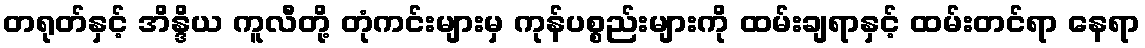
တရုတ်နှင့် အိန္ဒိယ ကူလီတို့ တုံကင်းများမှ ကုန်ပစ္စည်းများကို ထမ်းချရာနှင့် ထမ်းတင်ရာ နေရာ